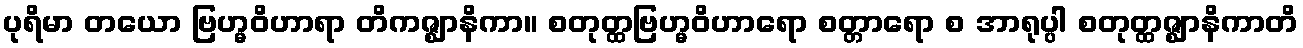
ပုရိမာ တယော ဗြဟ္မဝိဟာရာ တိကဇ္ဈာနိကာ။ စတုတ္ထဗြဟ္မဝိဟာရော စတ္တာရော စ အာရုပ္ပါ စတုတ္ထဇ္ဈာနိကာတိ